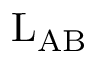
\mathrm { L } _ { \mathrm { A B } }